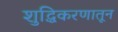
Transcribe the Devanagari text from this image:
शुद्धिकरणातून